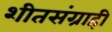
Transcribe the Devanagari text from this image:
शीतसंग्राही